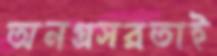
অনগ্রসরতাই